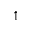
\uparrow